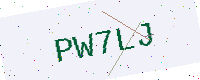
Text: PW7LJ